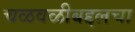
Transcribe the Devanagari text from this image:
चळवळीबद्दलचा